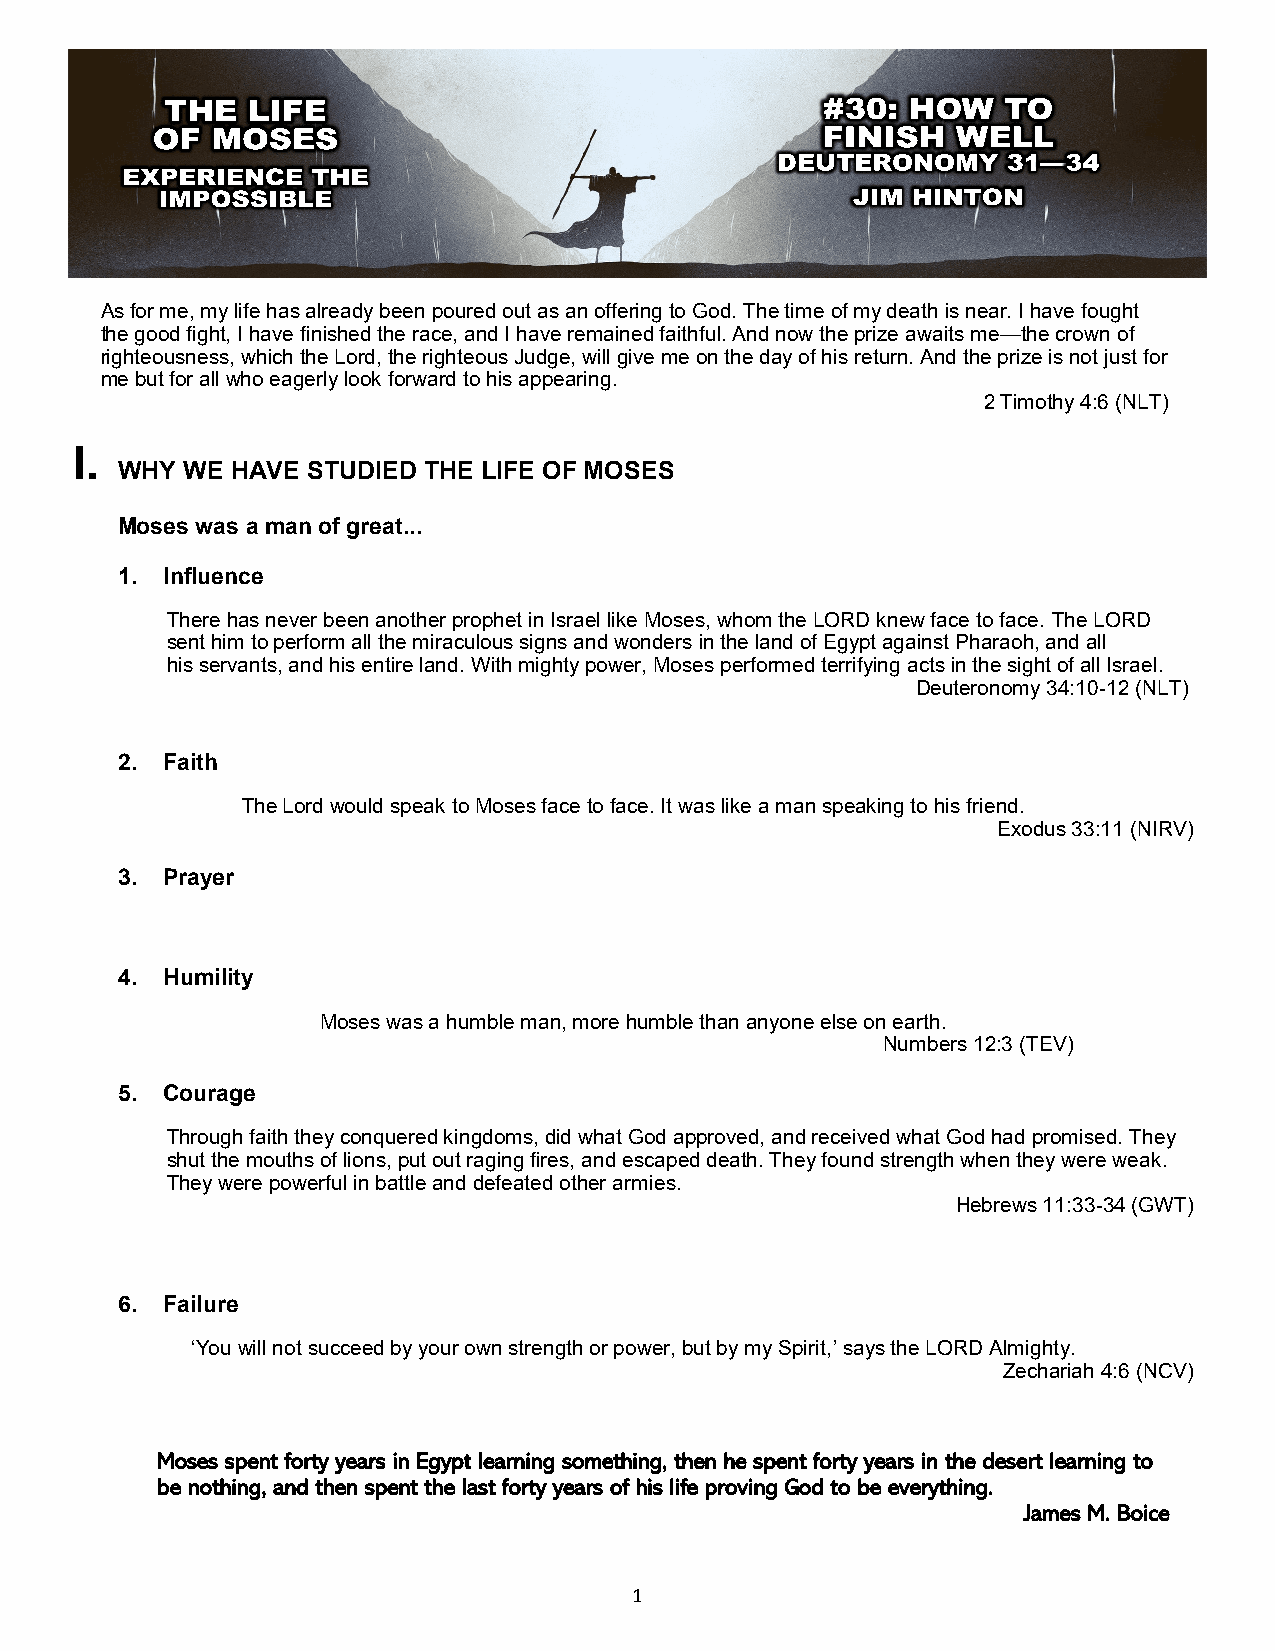
As for me, my life has already been poured out as an offering to God. The time of my death is near. I have fought
 the good fight, I have finished the race, and I have remained faithful. And now the prize awaits me—the crown of
 righteousness, which the Lord, the righteous Judge, will give me on the day of his return. And the prize is not just for
 me but for all who eagerly look forward to his appearing.
 2 Timothy 4:6 (NLT)
 I.
 WHY WE HAVE STUDIED THE LIFE OF MOSES
 Moses was a man of great...
 1. Influence
 There has never been another prophet in Israel like Moses, whom the LORD knew face to face. The LORD
 sent him to perform all the miraculous signs and wonders in the land of Egypt against Pharaoh, and all
 his servants, and his entire land. With mighty power, Moses performed terrifying acts in the sight of all Israel.
 Deuteronomy 34:10-12 (NLT)
 2. Faith
 The Lord would speak to Moses face to face. It was like a man speaking to his friend.
 Exodus 33:11 (NIRV)
 3. Prayer
 4. Humility
 Moses was a humble man, more humble than anyone else on earth.
 Numbers 12:3 (TEV)
 5. Courage
 Through faith they conquered kingdoms, did what God approved, and received what God had promised. They
 shut the mouths of lions, put out raging fires, and escaped death. They found strength when they were weak.
 They were powerful in battle and defeated other armies.
 Hebrews 11:33-34 (GWT)
 6. Failure
 ‘You will not succeed by your own strength or power, but by my Spirit,’ says the LORD Almighty.
 Zechariah 4:6 (NCV)
 Moses spent forty years in Egypt learning something, then he spent forty years in the desert learning to
 be nothing, and then spent the last forty years of his life proving God to be everything.
 James M. Boice
 1